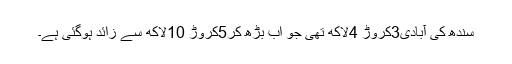
سندھ کی آبادی3کروڑ 4لاکھ تھی جو اب بڑھ کر5کروڑ 10لاکھ سے زائد ہوگئی ہے۔